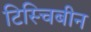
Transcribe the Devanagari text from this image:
टिस्चिबीन